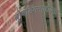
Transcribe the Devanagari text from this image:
ब्रोबडिंगनाजीयन्स